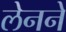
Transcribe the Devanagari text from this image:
लेनने